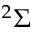
^ 2 \Sigma